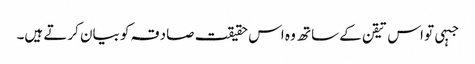
جبہی تو اس تیقن کے ساتھ وہ اس حقیقت صادقہ کو بیان کرتے ہیں۔